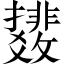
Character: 𫿟